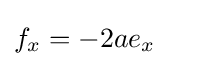
f_{x}=-2ae_{x}\quad